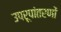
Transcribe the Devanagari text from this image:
उपरूपांतरणों